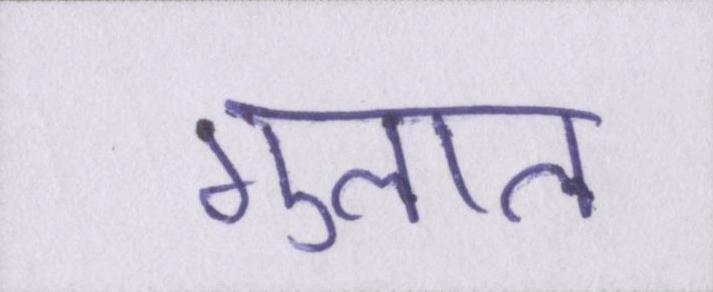
गुलाल